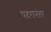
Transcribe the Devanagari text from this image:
पदरानंतर